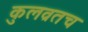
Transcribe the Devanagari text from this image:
कुलव्रतच